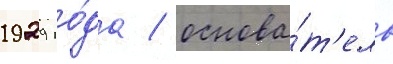
1929 го́да / основа́т'ель